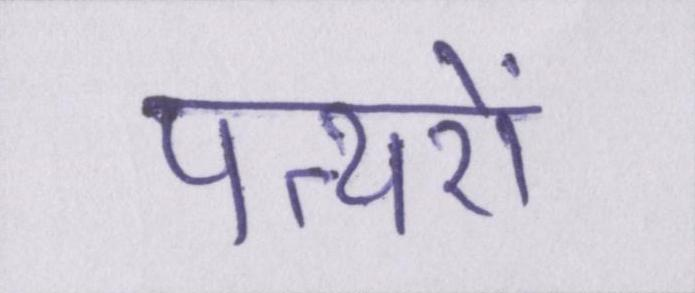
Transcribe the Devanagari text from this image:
पत्थरों